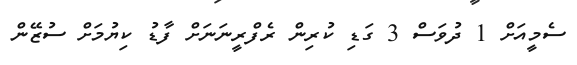
ސެމީއަށް 1 ދުވަސް 3 ގަޑި ކުރިން ރެފްރީނަނަށް ފާޑު ކިޔުމަށް ސުޒޭން